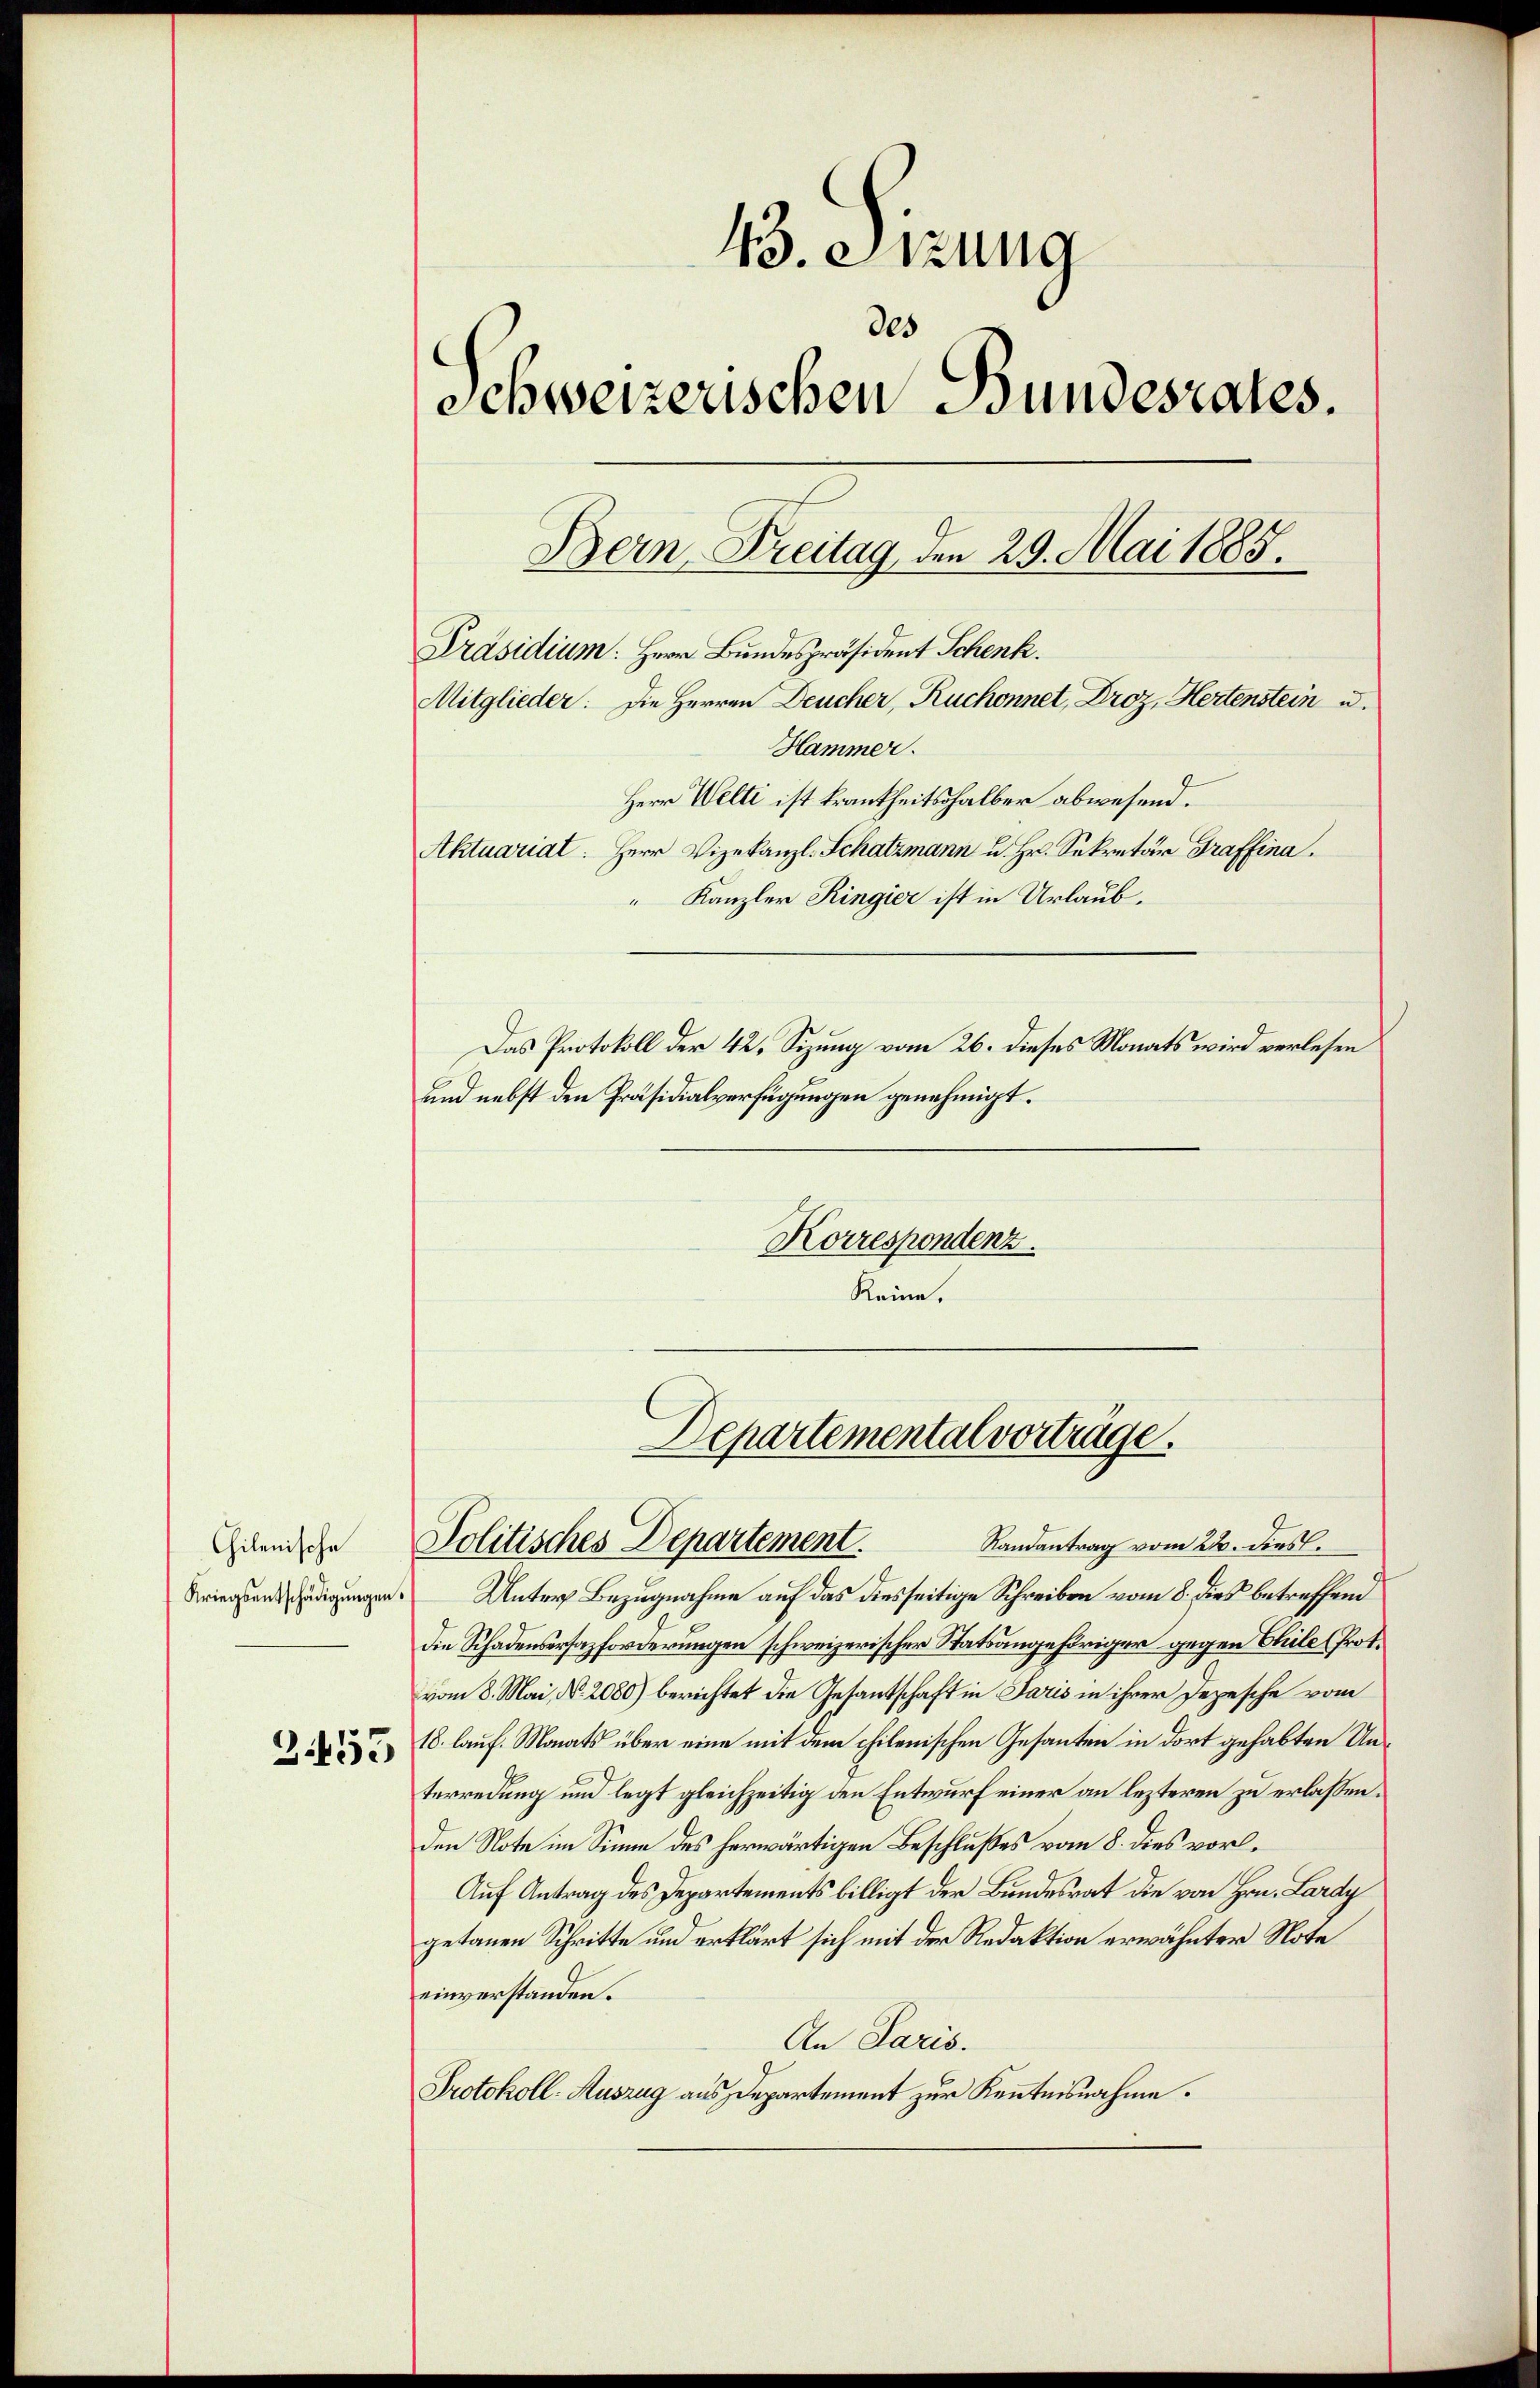
Chilenische
Kriegsentschädigungen

2455

43. Sitzung
des
Schweizerischen Bundesrates.
Bern Breitag, den 29. Mai 1885.
Präsidium. Herr Bundespräsident Schenk.
Mitglieder: Die Herren Deucher, Ruchonnet, Droz, Hertenstein u.
Hammer.
Herr Welti ist krankheitshalber abwesend.
Aktuariat: Herr Vizekanzl. Schatzmann u. Hr. Sekretär Graffina.
" Kanzler Ringier ist in Urlaub.
Das Protokoll der 42. Sizung vom 26. dieses Monats wird verlesen
und nebst den Präsidialverfügungen genehmigt.
Korrespondenz.
Keine.

Unter Bezugnahme auf das diesseitige Schreiben vom 8. dies betreffend
die Schadensersazforderungen schweizerischer Statsangehöriger gegen Chile (Prot.
vom 8. Mai, No. 2080) berichtet die Gesantschaft in Paris in ihrer Depesche vom
18. lauf. Monats über eine mit dem chilenischen Gesanten in dort gehabten Unterredung und legt gleichzeitig den Entwurf einer an lezteren zu erlassen.
den Note im Sinne des herwärtigen Beschlußes vom 8. dies vorl¬
Auf Antrag des Departements billigt der Bundesrat die von Hrn. Lardy
getanen Schritte und erklärt sich mit der Redaktion erwähnter Note
einverstanden.
An Paris.
Protokoll- Auszug aus Departement zur Kenntnisnahme.

Departemental vorträge.
Randantrag vom 22. dies
Politisches Departement.